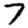
Digit: 7